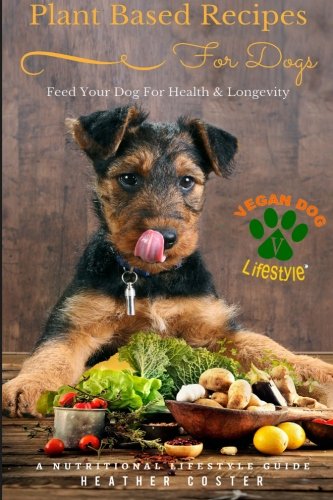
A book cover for Plant Based Recipes for Dogs | Nutritional Lifestyle Guide: Feed Your Dog for Health & Longevity (Vegan Dog Lifestyle) (Volume 1); Heather Coster; Crafts, Hobbies & Home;